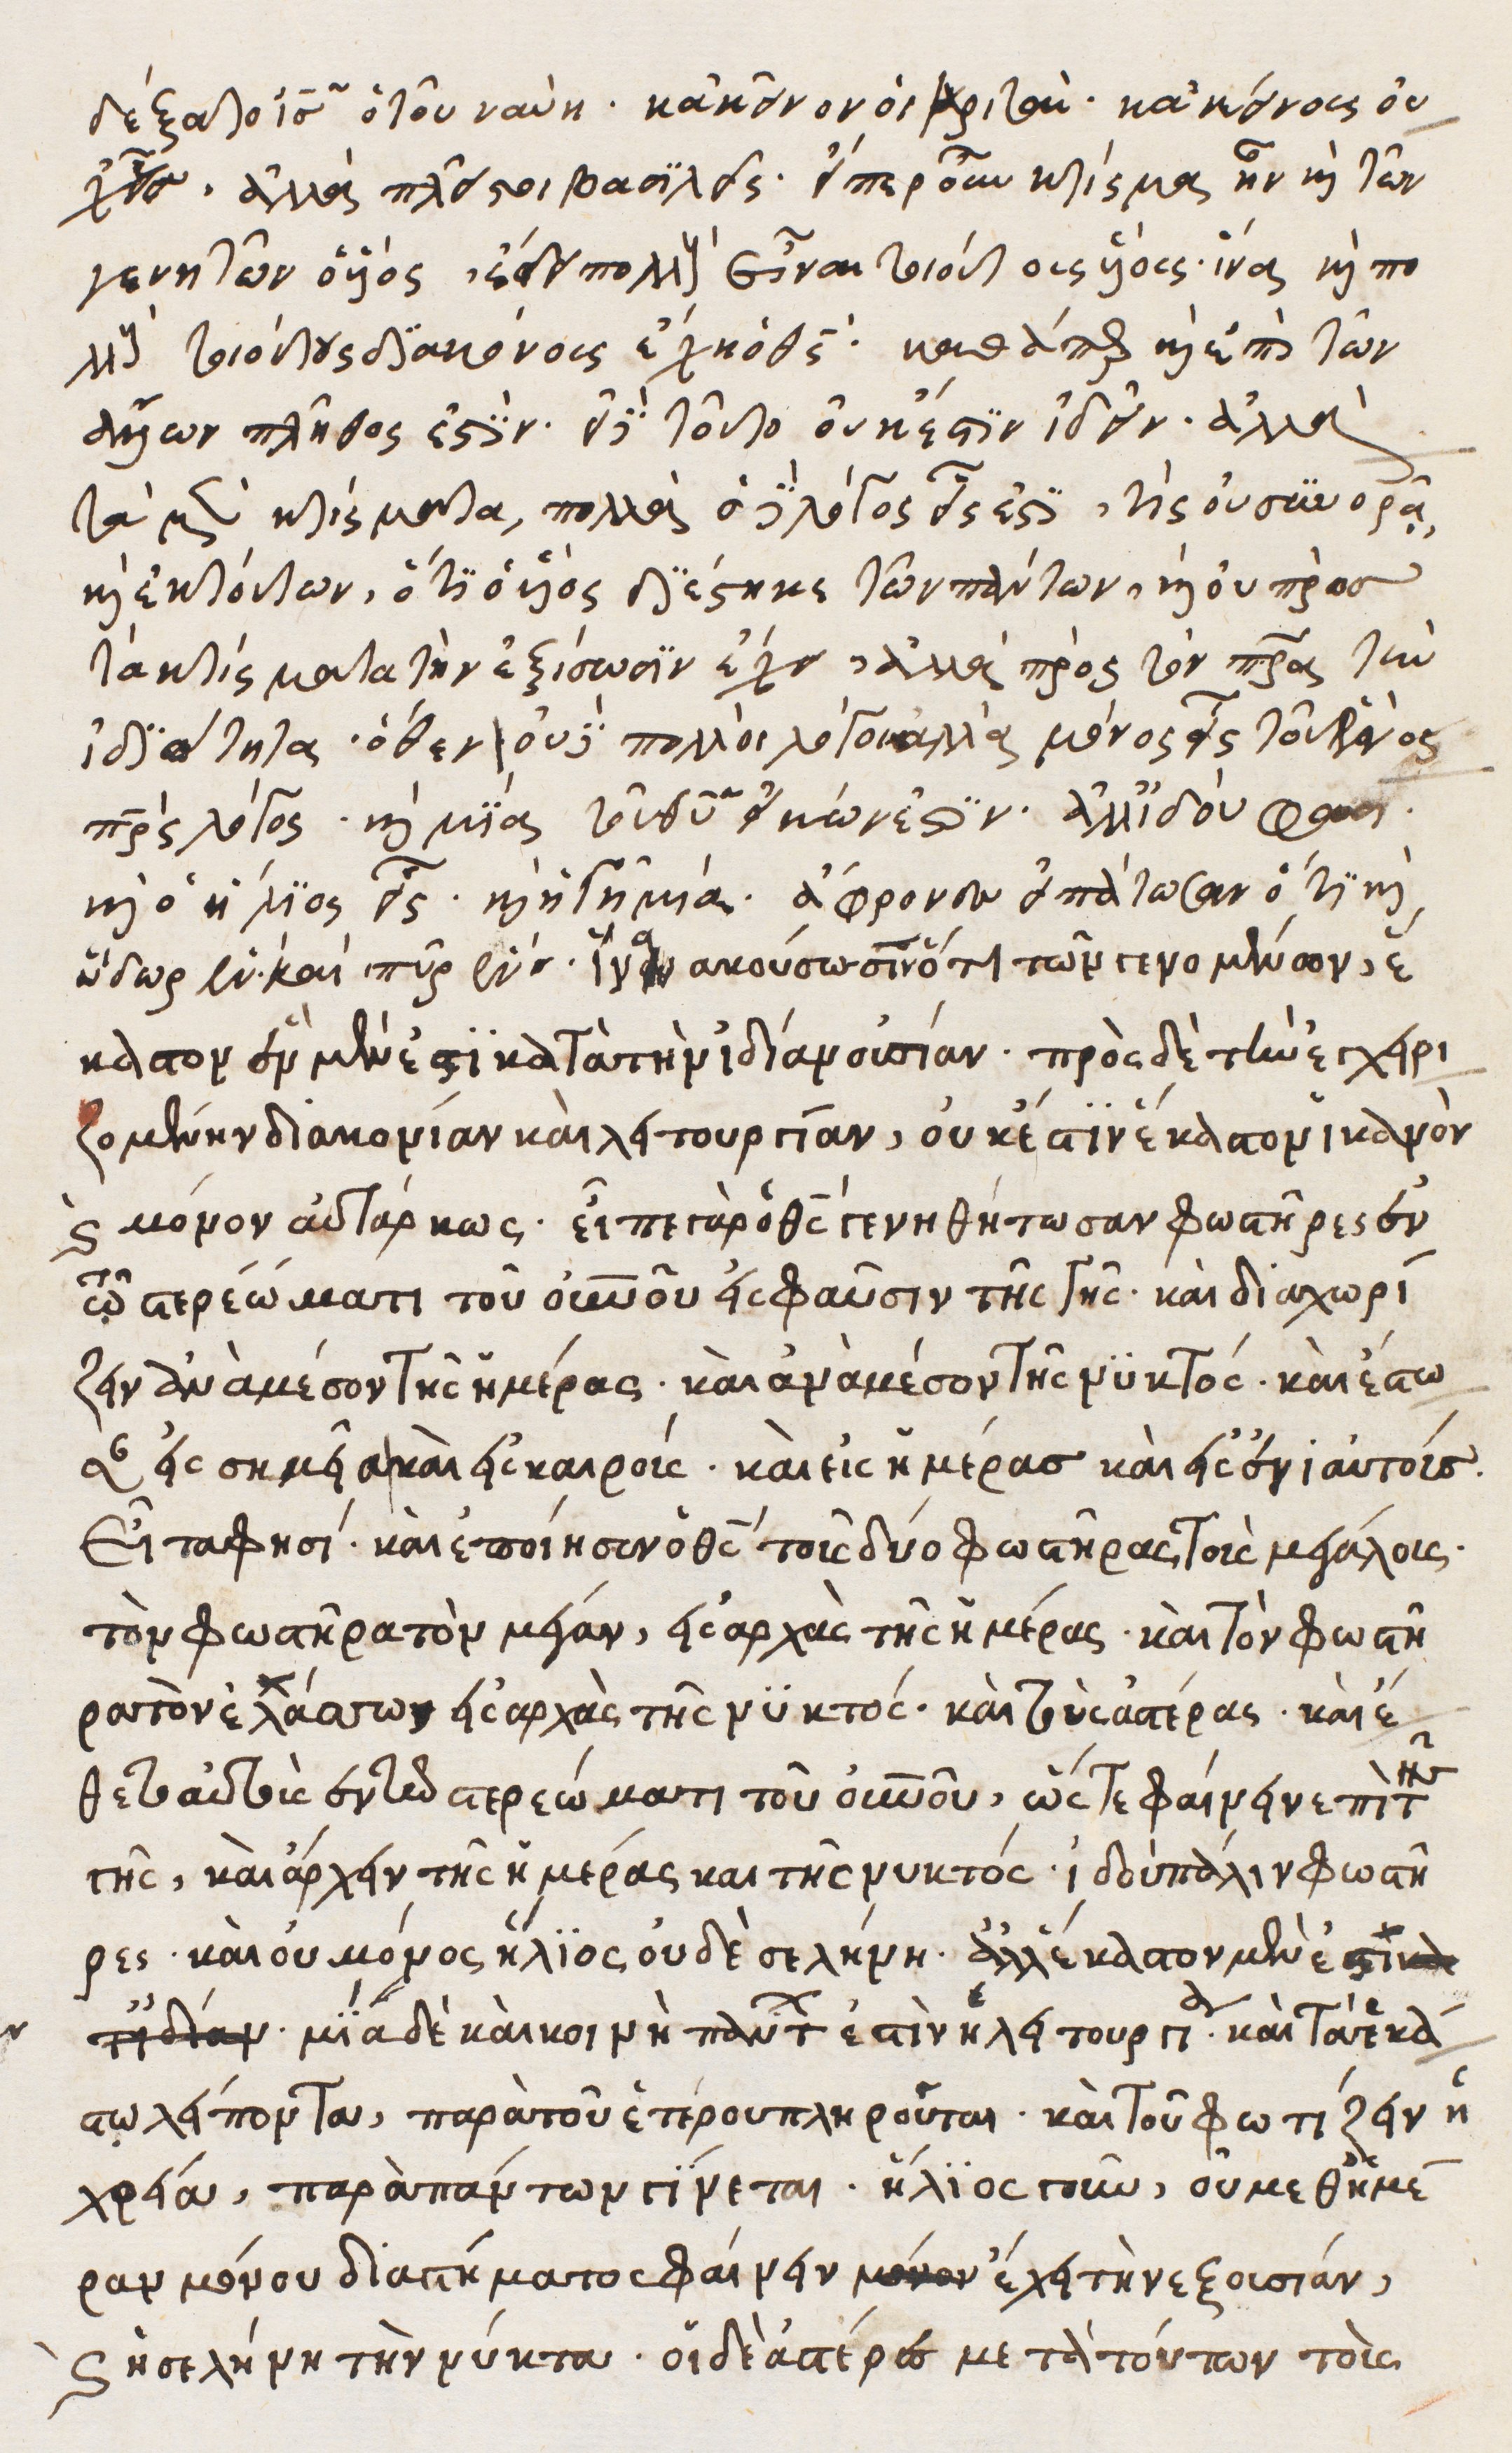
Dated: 1540–1560